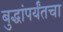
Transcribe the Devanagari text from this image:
बुद्धांपर्यंतचा